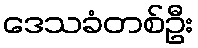
ဒေသခံတစ်ဦး